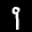
Label: 9